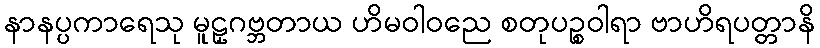
နာနပ္ပကာရေသု မူဠှဂဗ္ဘတာယ ဟိမဝါဝညေ စတုပဉ္စဝါရာ ဗာဟိရပတ္တာနိ